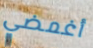
أغمضي